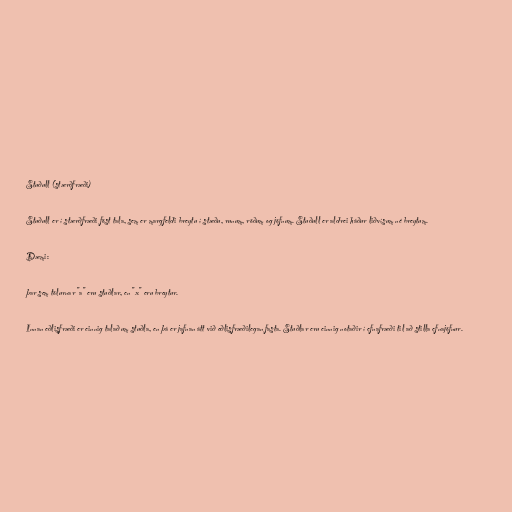
Stuðull (stærðfræði)

Stuðull er í stærðfræði föst tala, sem er margfeldi breytu í stæðu, runum, röðum og jöfnum. Stuðull er aldrei háður liðvísum né breytum.

Dæmi:

þar sem tölurnar "a" eru stuðlar, en "x" eru breytur.

Innan eðlisfræði er einnig talað um stuðla, en þá er jafnan átt við eðlisfræðilegan fasta. Stuðlar eru einnig notaðir í efnafræði til að stilla efnajöfnur.